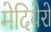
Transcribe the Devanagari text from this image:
मेदियेरो